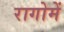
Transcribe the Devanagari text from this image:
रागोमें